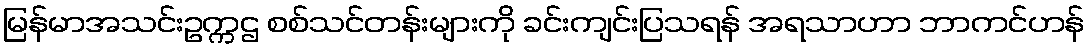
မြန်မာအသင်းဥက္ကဌ စစ်သင်တန်းများကို ခင်းကျင်းပြသရန် အရသာဟာ ဘာကင်ဟန်